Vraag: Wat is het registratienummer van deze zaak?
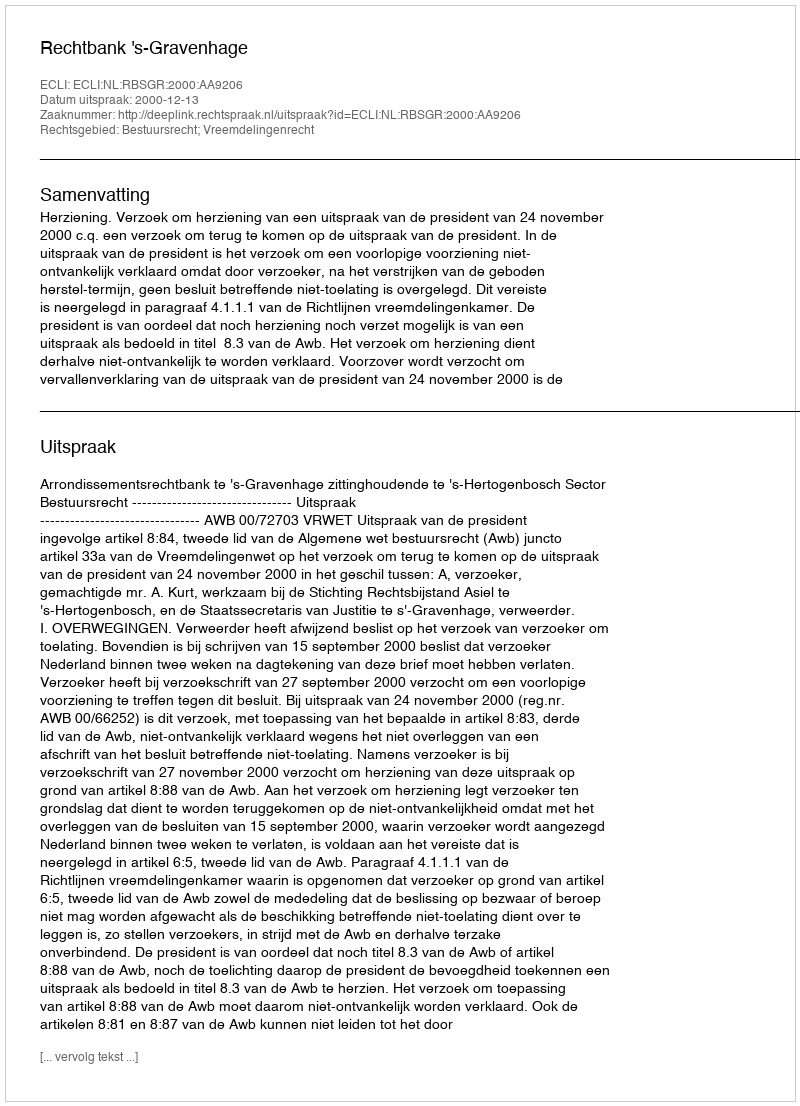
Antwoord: http://deeplink.rechtspraak.nl/uitspraak?id=ECLI:NL:RBSGR:2000:AA9206